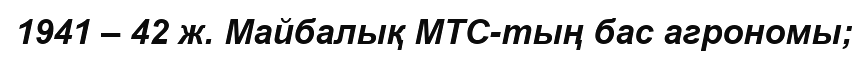
1941 – 42 ж. Майбалық МТС-тың бас агрономы;